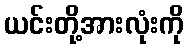
ယင်းတို့အားလုံးကို